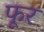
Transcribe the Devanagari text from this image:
फूर